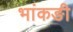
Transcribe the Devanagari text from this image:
भांकङी